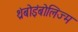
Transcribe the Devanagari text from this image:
थ्रंबोइंबोलिज्म